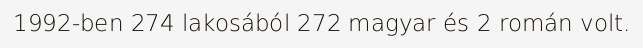
1992-ben 274 lakosából 272 magyar és 2 román volt.